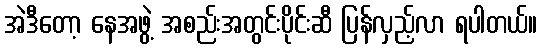
အဲဒီတော့ နေအဖွဲ့ အစည်းအတွင်းပိုင်းဆီ ပြန်လှည့်လာ ရပါတယ်။